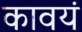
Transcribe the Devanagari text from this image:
कावयं